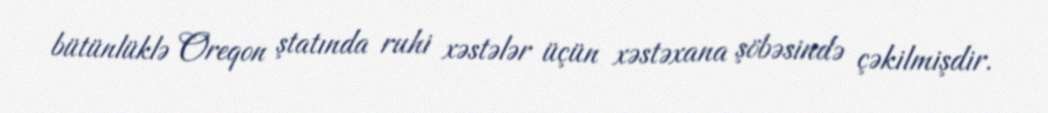
bütünlüklə Oreqon ştatında ruhi xəstələr üçün xəstəxana şöbəsində çəkilmişdir.